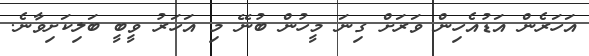
އަހަރެން އަޑުއެހިން ވަރަށް ގިނަ މީހުން ބުނޭ މި އަހަރު ވީބީ ބަލިކަށިވާނެ.